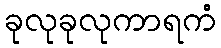
ခုလုခုလုကာရကံ